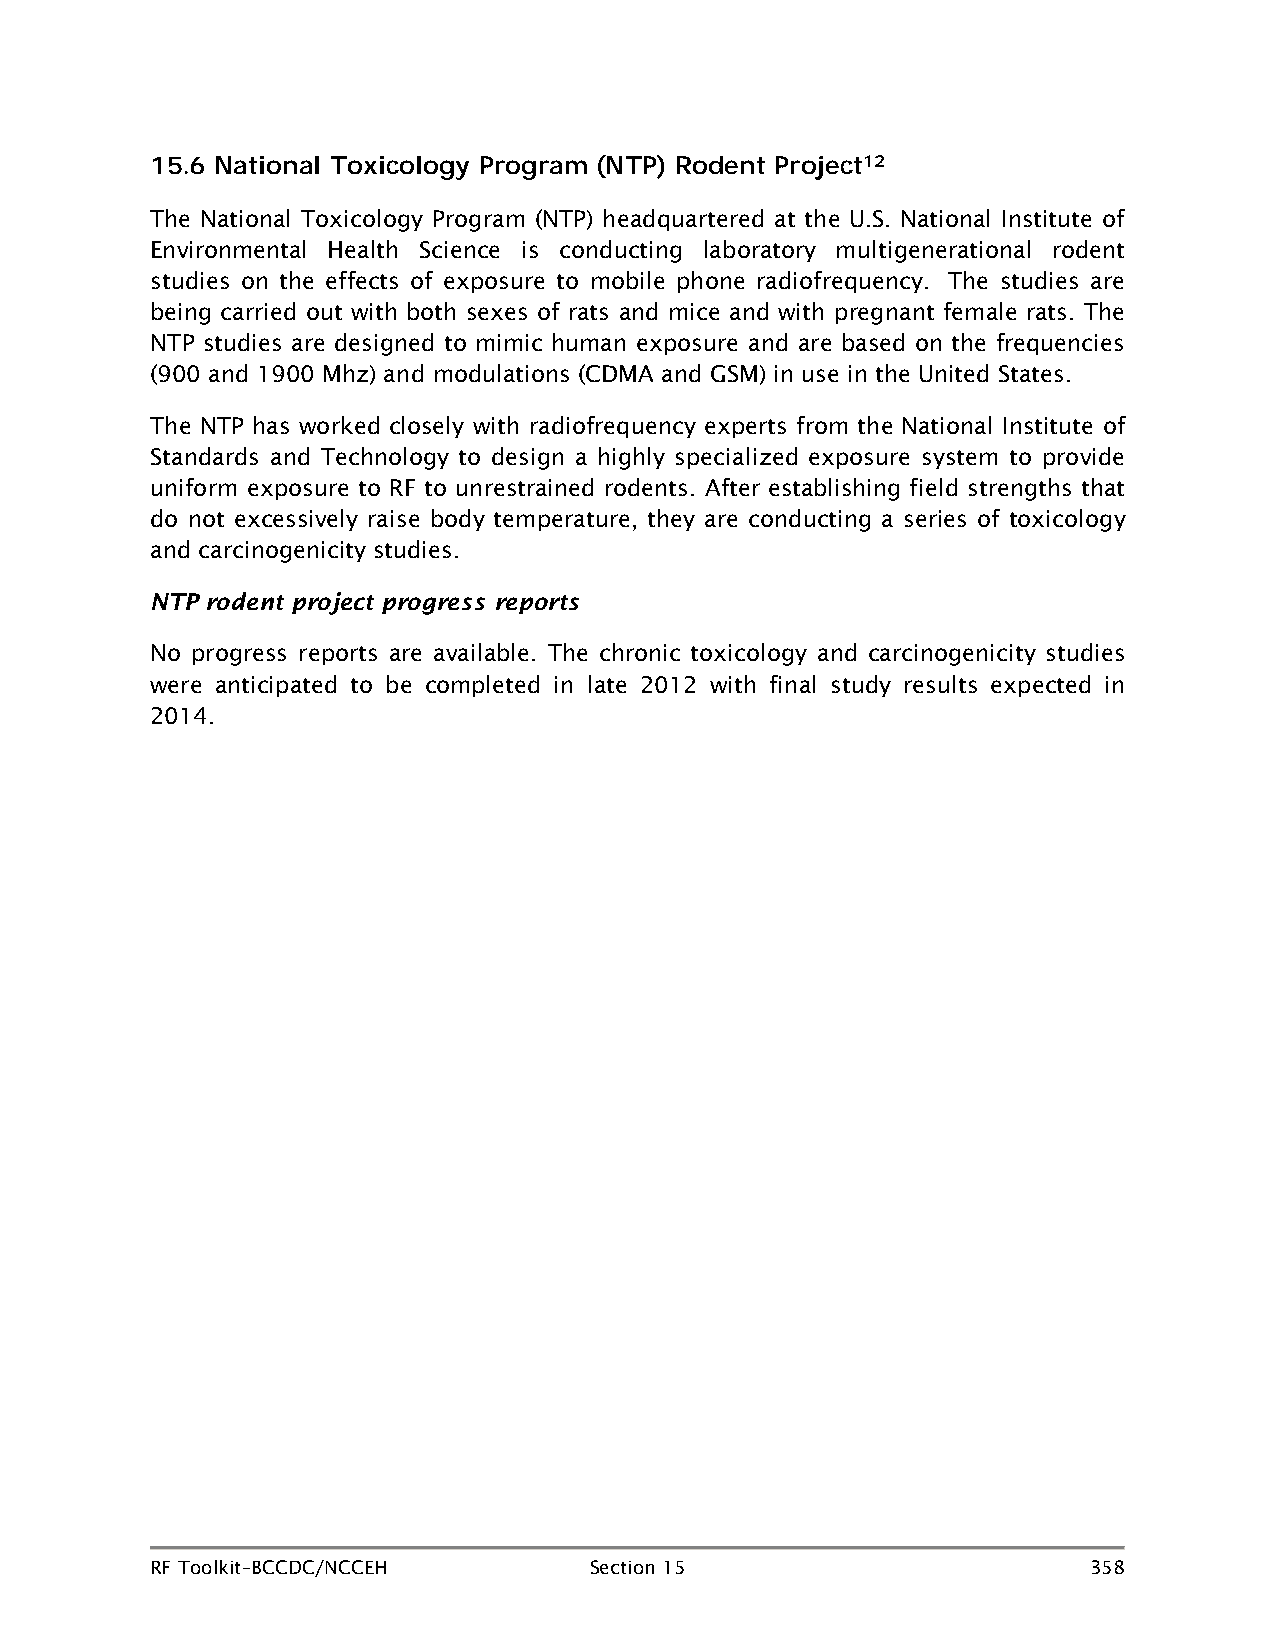
15.6 National Toxicology Program (NTP) Rodent Project12
 The National Toxicology Program (NTP) headquartered at the U.S. National Institute of
 Environmental Health Science is conducting laboratory multigenerational rodent
 studies on the effects of exposure to mobile phone radiofrequency. The studies are
 being carried out with both sexes of rats and mice and with pregnant female rats. The
 NTP studies are designed to mimic human exposure and are based on the frequencies
 (900 and 1900 Mhz) and modulations (CDMA and GSM) in use in the United States.
 The NTP has worked closely with radiofrequency experts from the National Institute of
 Standards and Technology to design a highly specialized exposure system to provide
 uniform exposure to RF to unrestrained rodents. After establishing field strengths that
 do not excessively raise body temperature, they are conducting a series of toxicology
 and carcinogenicity studies.
 NTP rodent project progress reports
 No progress reports are available. The chronic toxicology and carcinogenicity studies
 were anticipated to be completed in late 2012 with final study results expected in
 2014.
 RF Toolkit–BCCDC/NCCEH       Section 15                       358